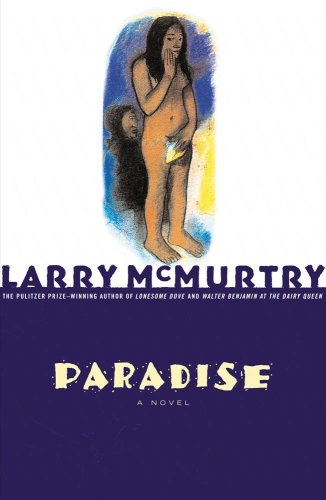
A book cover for Paradise; Larry McMurtry; Biographies & Memoirs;